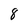
Character: 8